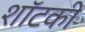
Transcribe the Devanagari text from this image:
शॉटकी